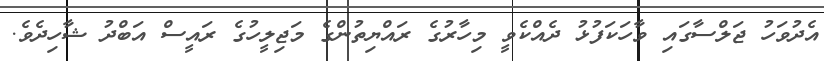
އެދުވަހު ޖަލްސާގައި ވާހަކަފުޅު ދެއްކެވީ މިހާރުގެ ރައްޔިތުންގެ މަޖިލީހުގެ ރައީސް އަބްދު ޝާހިދެވެ.